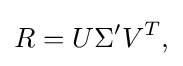
R=U\Sigma 'V^{T},\,\!